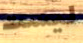
ليست